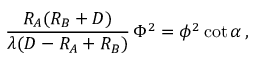
{ \frac { R _ { A } ( R _ { B } + D ) } { \lambda ( D - R _ { A } + R _ { B } ) } } \, \Phi ^ { 2 } = \phi ^ { 2 } \cot \alpha \, ,